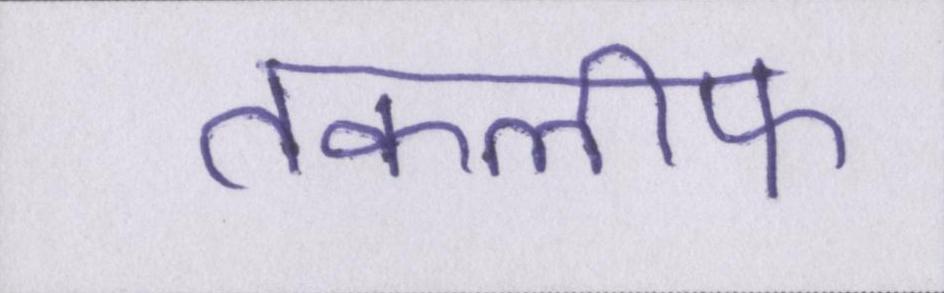
तकलीफ